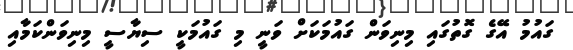
ގައުމު އޭގެ ގޮތުގައި މިނިވަން ގައުމަކަށް ވަނީ މި ގައުމަކީ ސިޔާސީ މިނިވަންކަމާއި